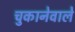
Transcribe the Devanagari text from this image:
चुकानेवाले